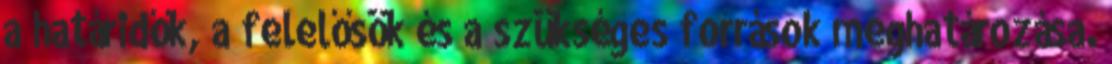
a határidők, a felelősök és a szükséges források meghatározása.